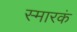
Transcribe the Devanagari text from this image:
स्मारकं